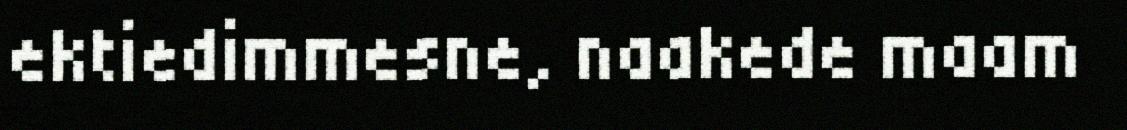
ektiedimmesne, naakede maam